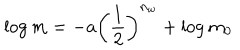
\log m = - a \left( \frac { 1 } { 2 } \right) ^ { n _ { w } } + \log m _ { 0 }